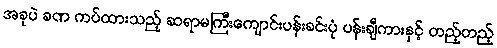
အခုပဲ ခဏ ကပ်ထားသည့် ဆရာမကြီးကျောင်းပန်းခင်းပုံ ပန်းချီကားနှင့် တည့်တည့်